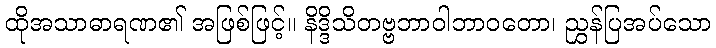
ထိုအသာဓာရဏ၏ အဖြစ်ဖြင့်။ နိဒ္ဒိသိတဗ္ဗဘာဝါဘာဝတော၊ ညွှန်ပြအပ်သော